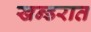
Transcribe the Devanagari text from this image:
खन्डरात